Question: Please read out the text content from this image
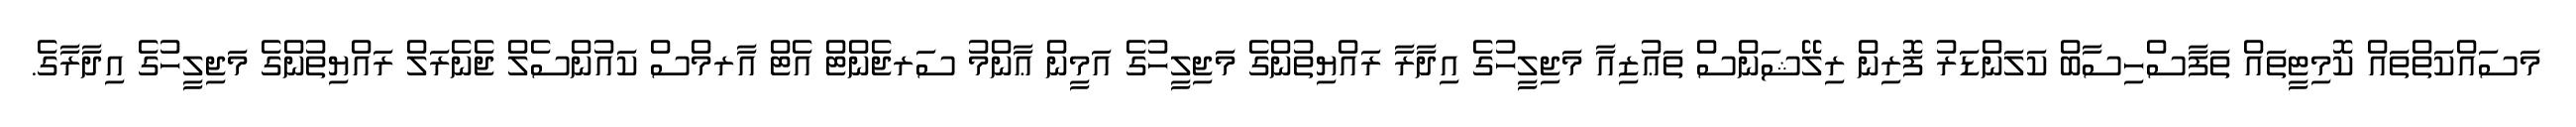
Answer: މަސައްކަތްތައް ކޮމިޓީތައް ތަފާސްހިސާބް ކަލަންޑަރު ފޮރިން ރިލޭޝަންސް ތަޢުޒިއާ މަޖިލީހުގެ އިދާރާ ރައްޔިތުންގެ މަޖިލީހުގެ އަމީން ޢާންމު ސަރޖެންޓް އެޓް އާރމްސް ކައުންސެލް ޖެނެރަލް ރައްޔިތުންގެ މަޖިލީހުގެ އިދާރާގެ.